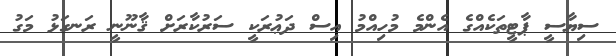
ސިޔާސީ ޕާޓީތަކެއްގެ އެންމެ މުހިއްމު އިސް ދަޢުރަކީ ސަރުކާރަށް ޤާނޫނީ ރަނގަޅު މަގު